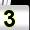
Digit: 3